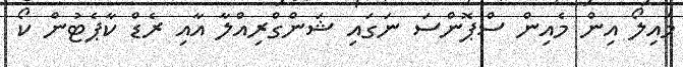
މައިލޯ އިން މެއިން ސްޕޮންސަ ނަގައި ޝަންގްރިއްލާ އާއި ރެޑް ކާޕެޓުން ކޯ